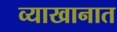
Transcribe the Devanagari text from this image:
व्याखानात